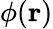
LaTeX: \phi(\mathbf{r})